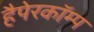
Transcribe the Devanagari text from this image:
हैपेरकॉम्प